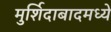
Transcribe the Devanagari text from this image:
मुर्शिदाबादमध्ये